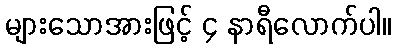
များသောအားဖြင့် ၄ နာရီလောက်ပါ။